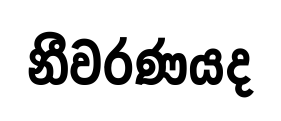
නීවරණයද